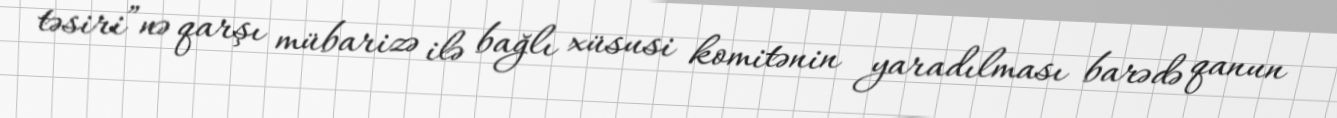
təsiri”nə qarşı mübarizə ilə bağlı xüsusi komitənin yaradılması barədə qanun